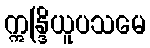
ဣန္ဒြိယူပသမေ